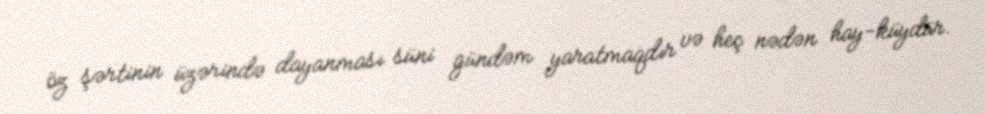
öz şərtinin üzərində dayanması süni gündəm yaratmaqdır və heç nədən hay-küydür.